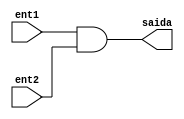
module Module_AND (ent1, ent2, saida);

	input ent1, ent2;
	output saida;
	assign saida = ent1 & ent2;
	
endmodule